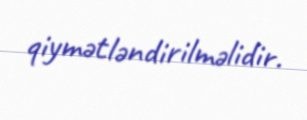
qiymətləndirilməlidir.